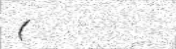
(